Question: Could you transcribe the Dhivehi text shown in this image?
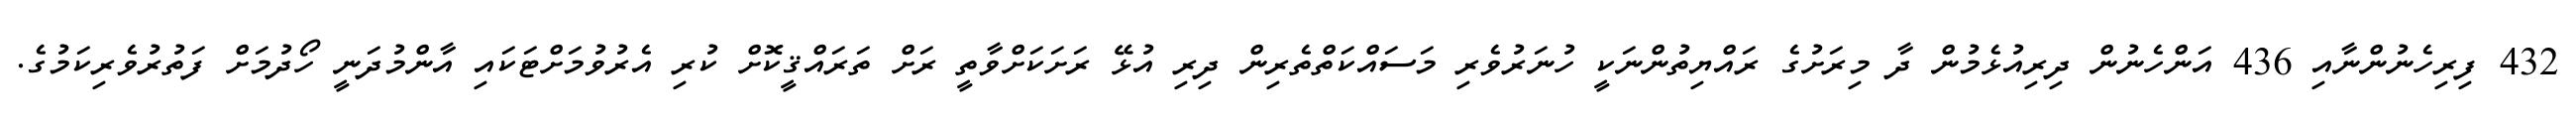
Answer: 432 ފިރިހެނުންނާއި 436 އަންހެނުން ދިރިއުޅެމުން ދާ މިރަށުގެ ރައްޔިތުންނަކީ ހުނަރުވެރި މަސައްކަތްތެރިން ދިރި އުޅޭ ރަށަކަށްވާތީ ރަށް ތަރައްޤީކޮށް ކުރި އެރުވުމަށްޓަކައި އާންމުދަނީ ހޯދުމަށް ފަތުރުވެރިކަމުގެ.